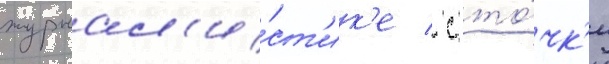
журнал'и́ст'ик'е / с то́чк'и